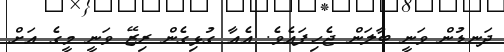
ދަނޑުން ވަނީ ބާލަން ޖެހިފައެވެ. އެއާ ގުޅިގެން ރިޒޭ ވަނީ މީގެ އަށް